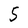
Character: 5